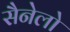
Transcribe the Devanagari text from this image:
सैनेलो